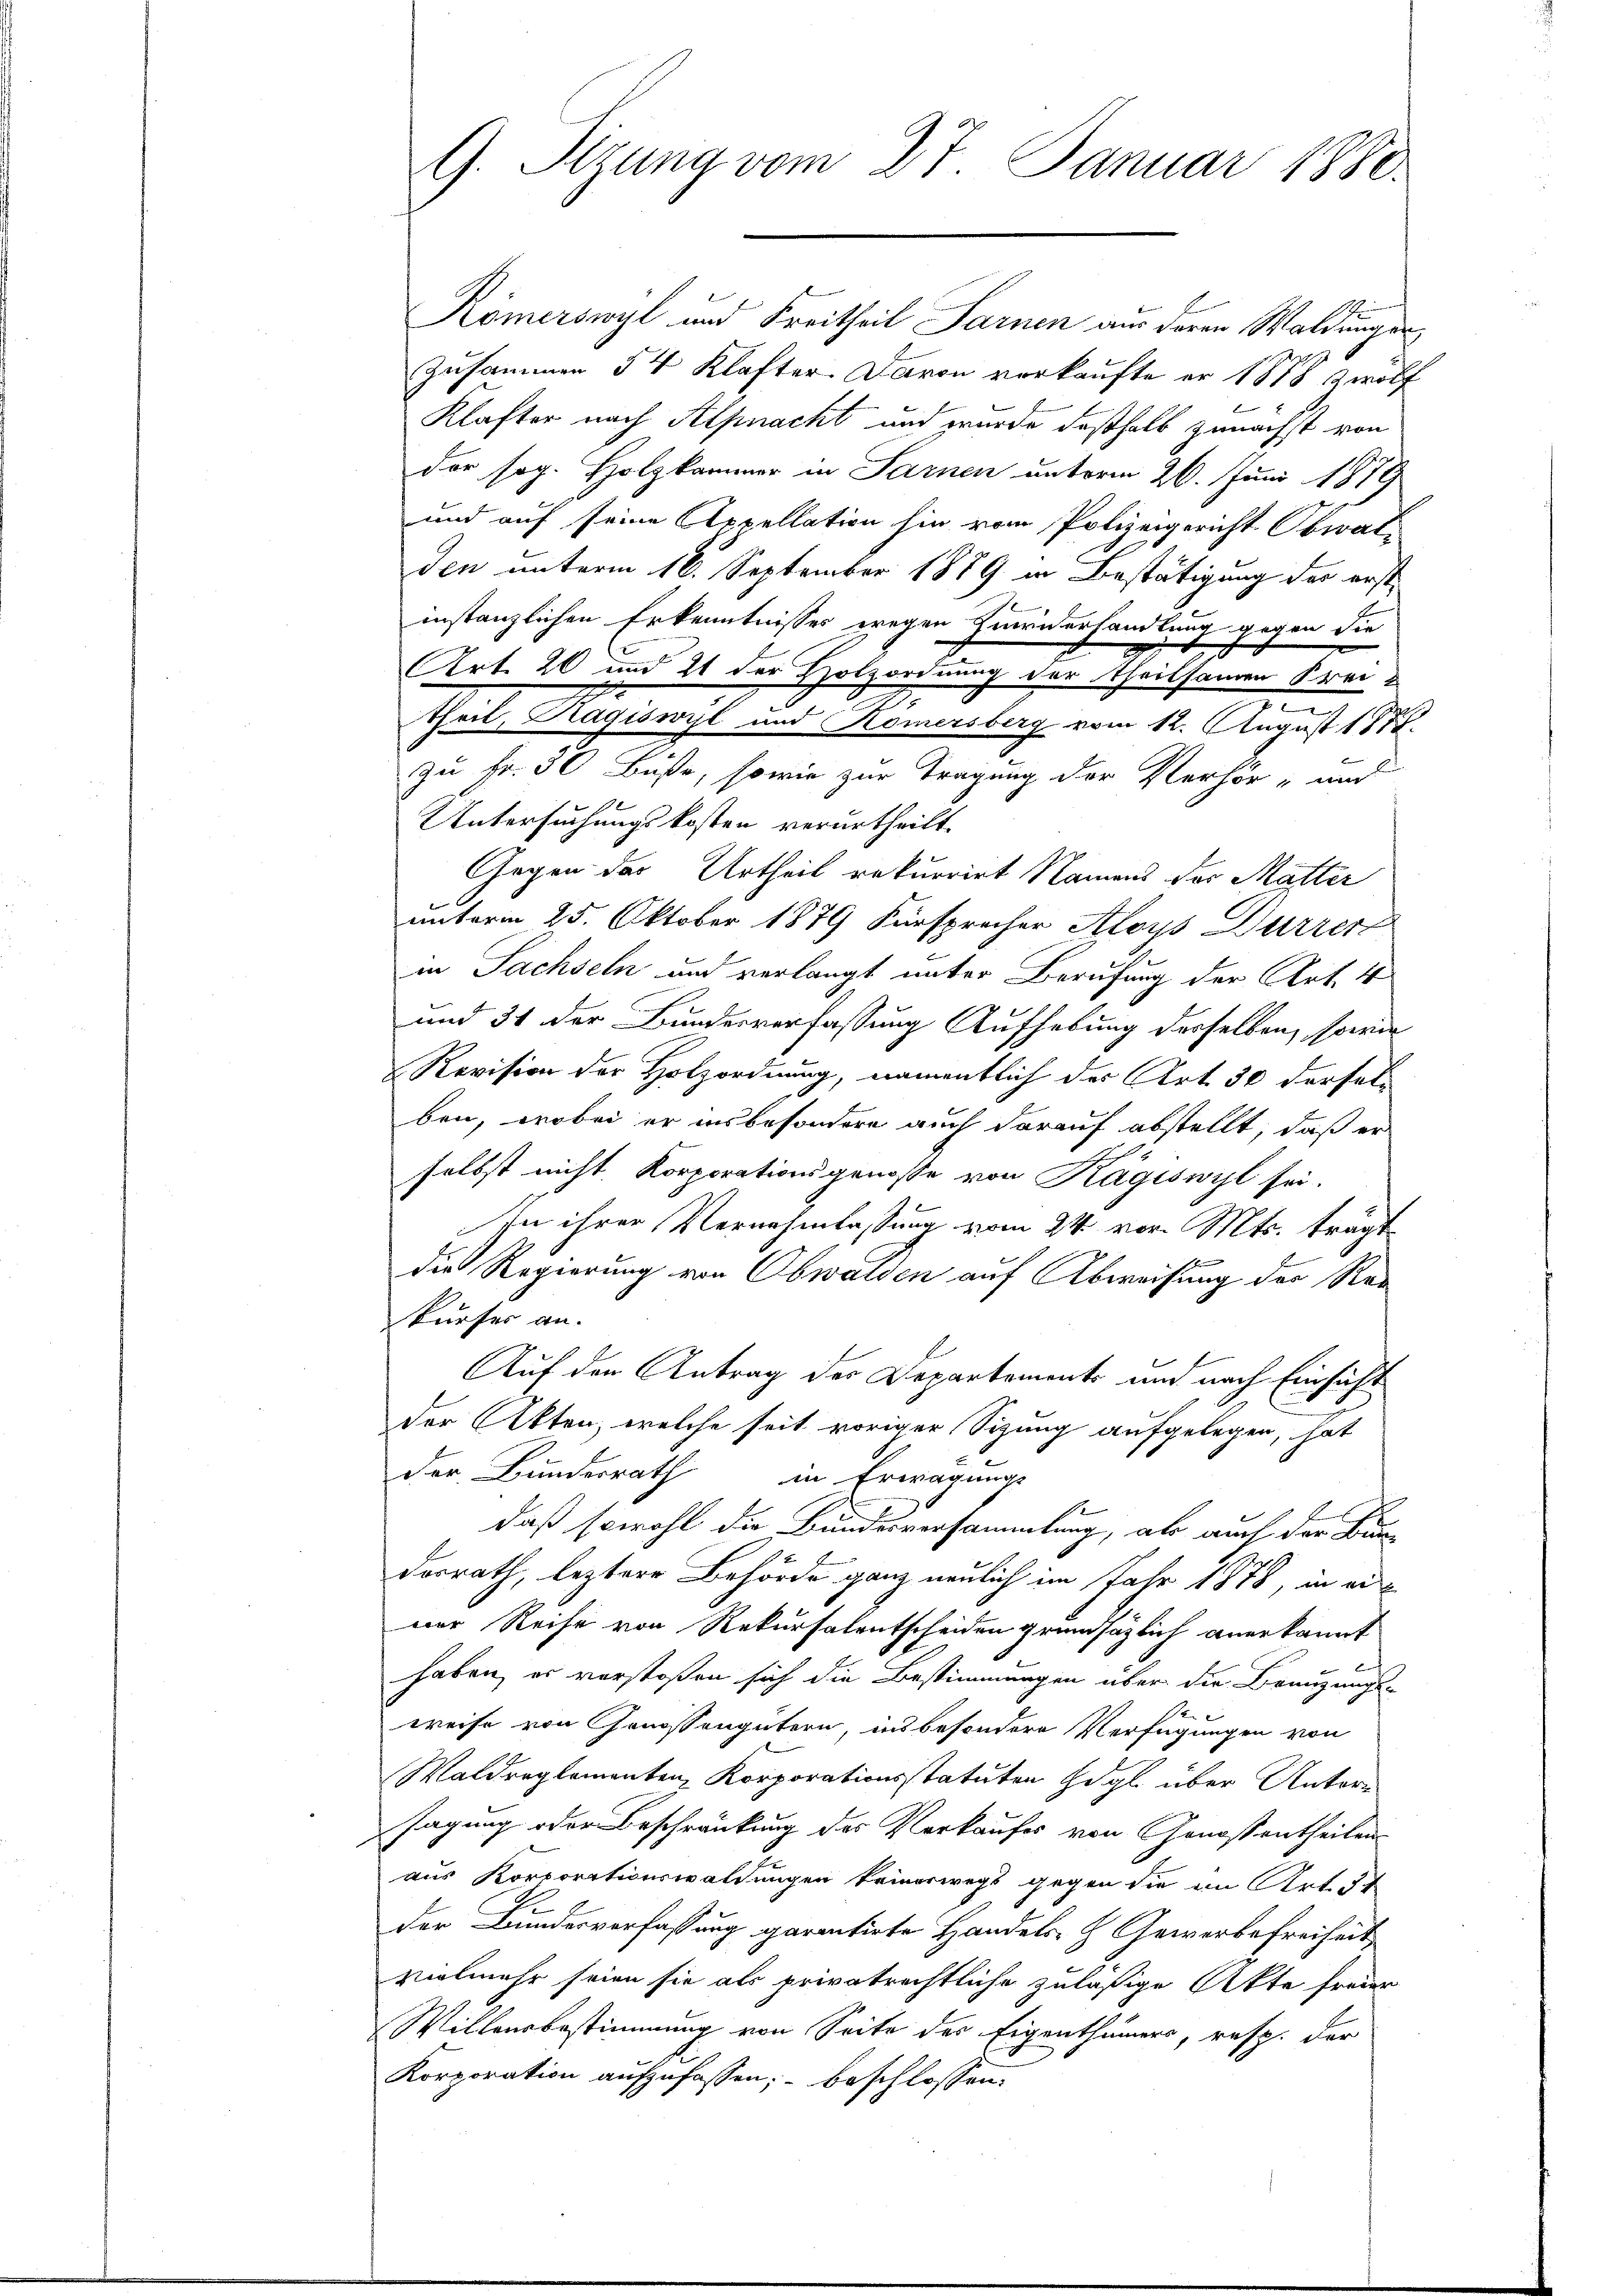
G. Tizung vom 27. Januar 1880.

Kömerswyl und Freitheil Sarnen aus deren Waldunger,
Zusammen 54 Klafter. Davon vorkaufte er 1878 zwölf
Klafter nach Alpnacht und wurde deßhalb zunächst von
der sog. Holzkammer in Sarnen unterm 26. Juni 1879
und auf seine Appellation hin vom Polizeigericht Obwal-
den unterm 16. September 1879 in Bestätigung der erste
instanzlichen Erkenntnisses wegen Heriderhandlung gegen die
Art. 20 und 21 der Holzordnung der Theilsamen Frei-
I
theil, Ragiswyl und Römersberg vom 12. August 1888.
zu Fr. 30 Buße, sowie zur Tragung der Verhör- und
Untersuchungskosten verurtheilt.
Gegen der Urtheil rekurrirt Namens der Matter
unterm 25. Oktober 1879 Fürsprecher Aloys Dürrer
in Sachseln und verlangt unter Berufung der Art. 4
und 31 der Bundesverfassung Aufhebung desselben, sowie
Revision der Holzordnung, namentlich der Art. 30 derfel
ben, wobei er insbesondere auch darauf abstellt, daß er
selbst nicht. Korporationsgenosse von Kägiswyl sei.
In ihrer Vernehmlassung vom 24. vor. Mts. trägt
g
die Regierung von Obwalden auf Abweisung der Rekurses an.
Auf den Antrag der Departements und nach Einsicht
der Akten, welche seit voriger Sizung aufgelegen, hat
der Bundesrath in Erwägungs
daß sowohl die Bundesversammlung, als auch der Bun¬
Dorrath, leztere Behörde ganz neulich im Jahr 1878, in ein
ner Reise von Rekursalentscheiden grundsätzlich anerkannt
haben, er vorstoßen sich die Bestimmungen über die Branzungs-
weise von Genossengütern, ins besondere Verfügungen von
Waldreglementen, Korporationsstatuten Högl über Untern
sagung oder Beschränkung des Vorkaufes von Genossentheilen
aus Korporationswaldungen keineswegs gegen die im Art.
der Bundesverfassung garantirte Handels- & Gewerbefreiheit
vielmehr seien sie als privatrechtliche zuläßige Akte freier
Willensbestimmung von Seite des Eigenthümers, resp. der
Korporation aufzufassen; – beschlossen: